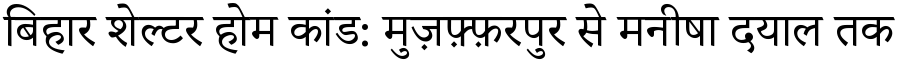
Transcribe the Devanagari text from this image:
बिहार शेल्टर होम कांड: मुज़फ़्फ़रपुर से मनीषा दयाल तक